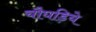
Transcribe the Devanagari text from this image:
चौघड़िये